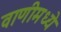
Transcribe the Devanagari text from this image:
वाणीमध्ये